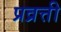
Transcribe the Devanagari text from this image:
प्रव्रत्ती